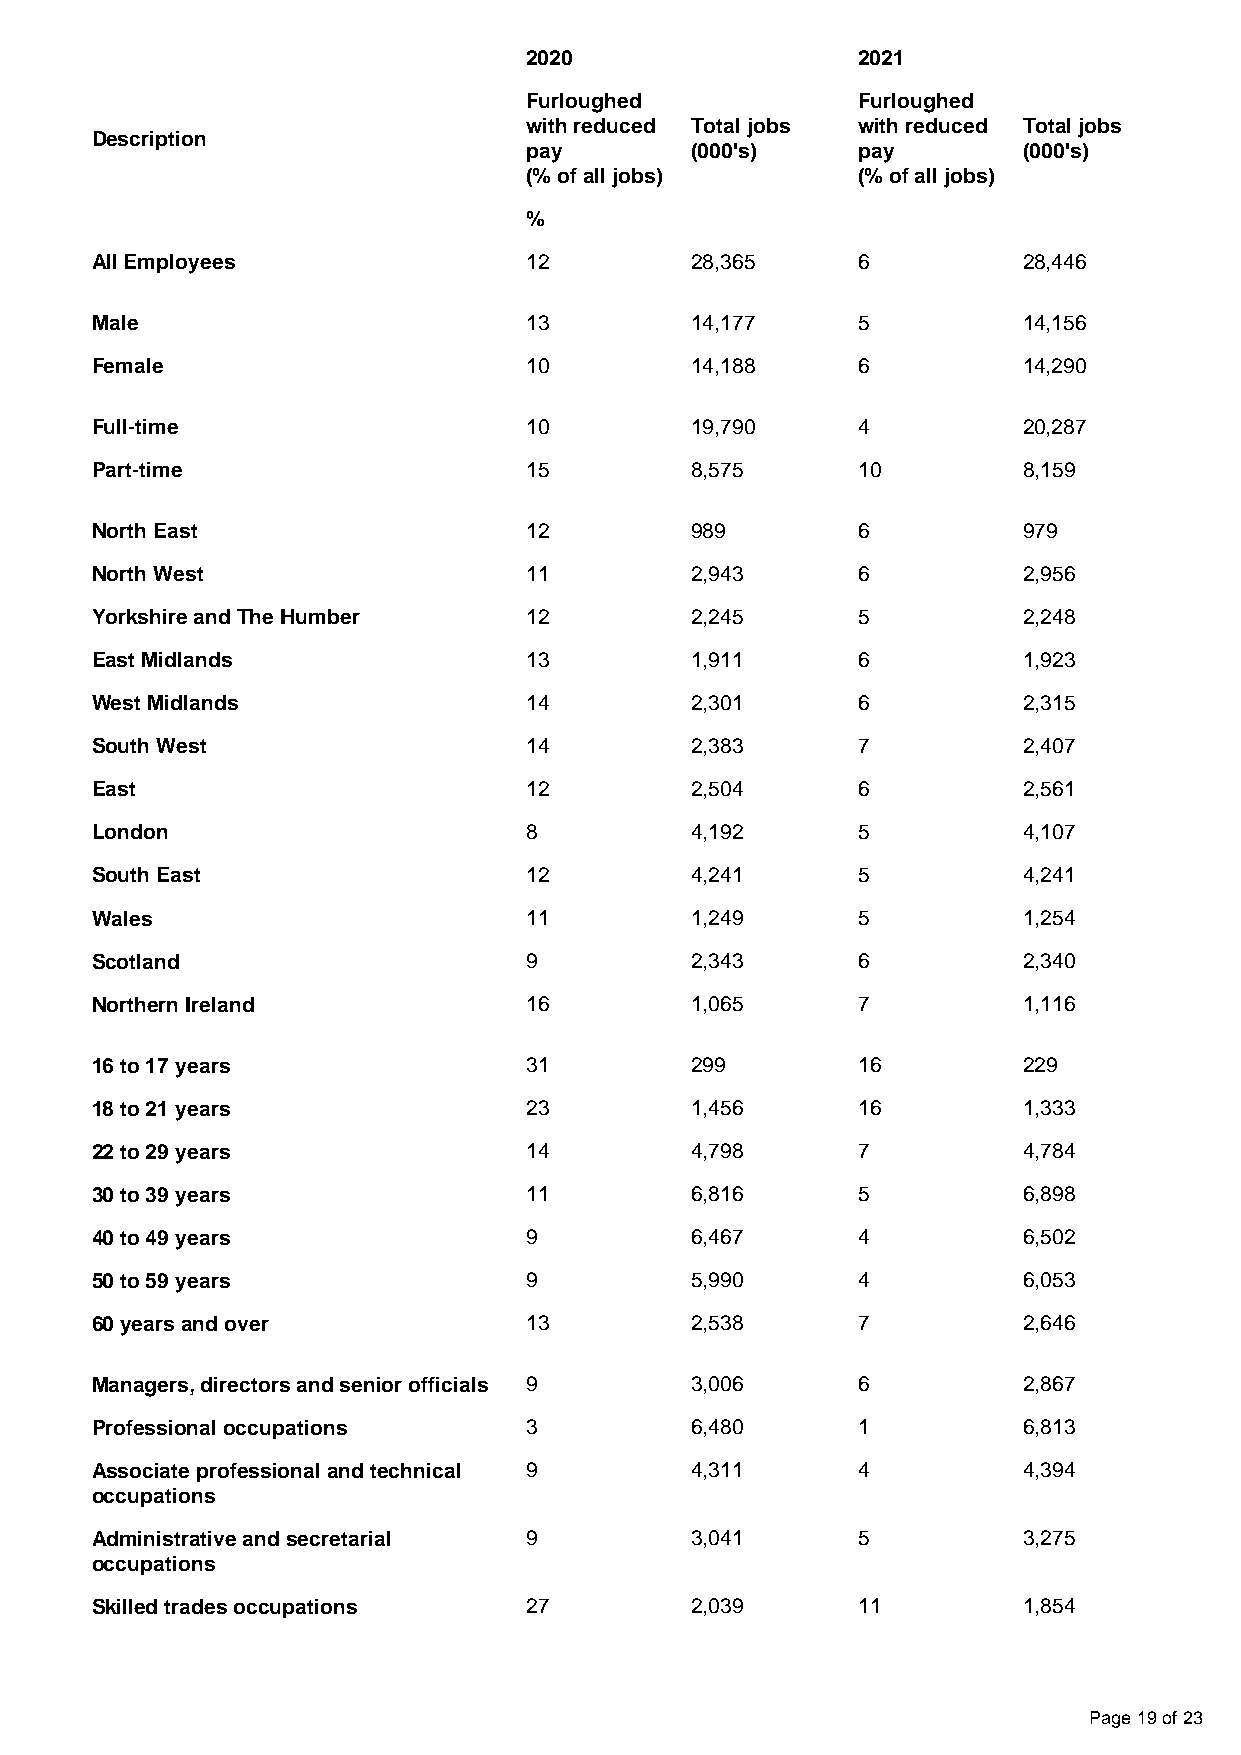
2020                  2021
 Furloughed            Furloughed
 with reduced Total jobs with reduced Total jobs
 Description
 pay        (000's)    pay        (000's)
 (% of all jobs)       (% of all jobs)
 %
 All Employees                12         28,365     6          28,446
 Male                         13         14,177     5          14,156
 Female                       10         14,188     6          14,290
 Full-time                    10         19,790     4          20,287
 Part-time                    15         8,575      10         8,159
 North East                   12         989        6          979
 North West                   11         2,943      6          2,956
 Yorkshire and The Humber     12         2,245      5          2,248
 East Midlands                13         1,911      6          1,923
 West Midlands                14         2,301      6          2,315
 South West                   14         2,383      7          2,407
 East                         12         2,504      6          2,561
 London                       8          4,192      5          4,107
 South East                   12         4,241      5          4,241
 Wales                        11         1,249      5          1,254
 Scotland                     9          2,343      6          2,340
 Northern Ireland             16         1,065      7          1,116
 16 to 17 years               31         299        16         229
 18 to 21 years               23         1,456      16         1,333
 22 to 29 years               14         4,798      7          4,784
 30 to 39 years               11         6,816      5          6,898
 40 to 49 years               9          6,467      4          6,502
 50 to 59 years               9          5,990      4          6,053
 60 years and over            13         2,538      7          2,646
 Managers, directors and senior officials 9 3,006   6          2,867
 Professional occupations     3          6,480      1          6,813
 Associate professional and technical 9  4,311      4          4,394
 occupations
 Administrative and secretarial 9        3,041      5          3,275
 occupations
 Skilled trades occupations   27         2,039      11         1,854
 Page 19 of 23